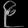
Digit: ၉